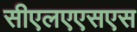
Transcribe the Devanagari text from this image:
सीएलएएसएस